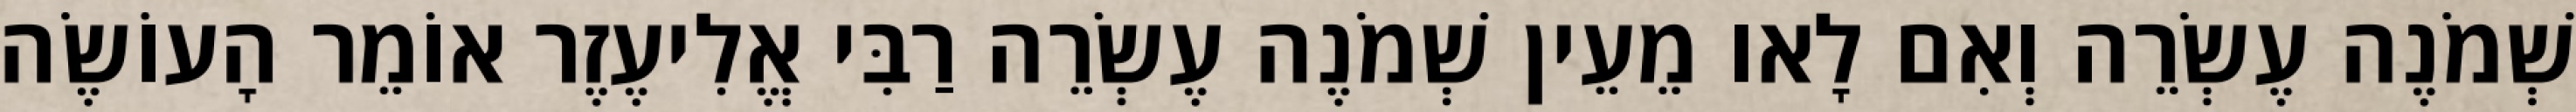
שְׁמֹנֶה עֶשְׂרֵה וְאִם לָאו מֵעֵין שְׁמֹנֶה עֶשְׂרֵה רַבִּי אֱלִיעֶזֶר אוֹמֵר הָעוֹשֶׂה